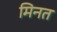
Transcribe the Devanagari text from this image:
मिनत